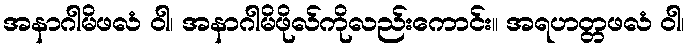
အနာဂါမိဖလံ ဝါ၊ အနာဂါမိဖိုလ်ကိုလည်းကောင်း။ အရဟတ္တဖလံ ဝါ၊